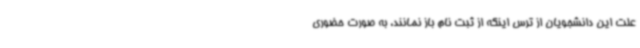
علت این دانشجویان از ترس اینکه از ثبت نام باز نمانند، به صورت حضوری